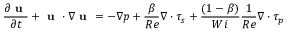
\frac { \partial { \textbf { u } } } { \partial { t } } + \textbf { u } \cdot \nabla { \textbf { u } } = - \nabla { p } + \frac { \beta } { R e } \nabla \cdot \boldsymbol { \tau _ { s } } + \frac { ( 1 - \beta ) } { W i } \frac { 1 } { R e } \nabla \cdot \boldsymbol { \tau _ { p } }